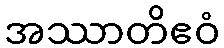
အဿာတိဧဝံ